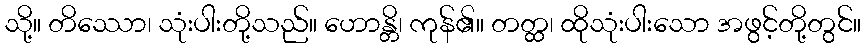
သို့။ တိဿော၊ သုံးပါးတို့သည်။ ဟောန္တိ၊ ကုန်၏။ တတ္ထ၊ ထိုသုံးပါးသော အဖွင့်တို့တွင်။